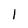
Character: 1